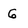
Character: G